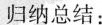
归纳总结：